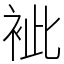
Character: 䘣